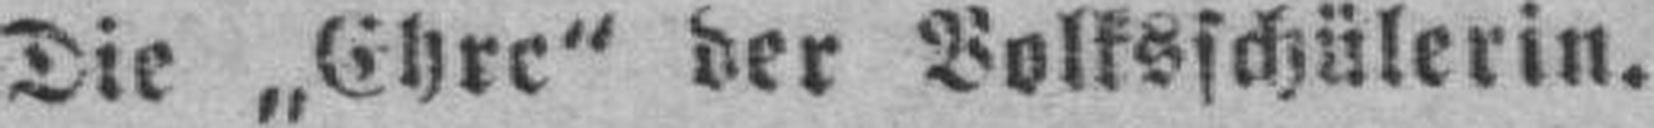
Die „Ehre“ der Volksschülerin.